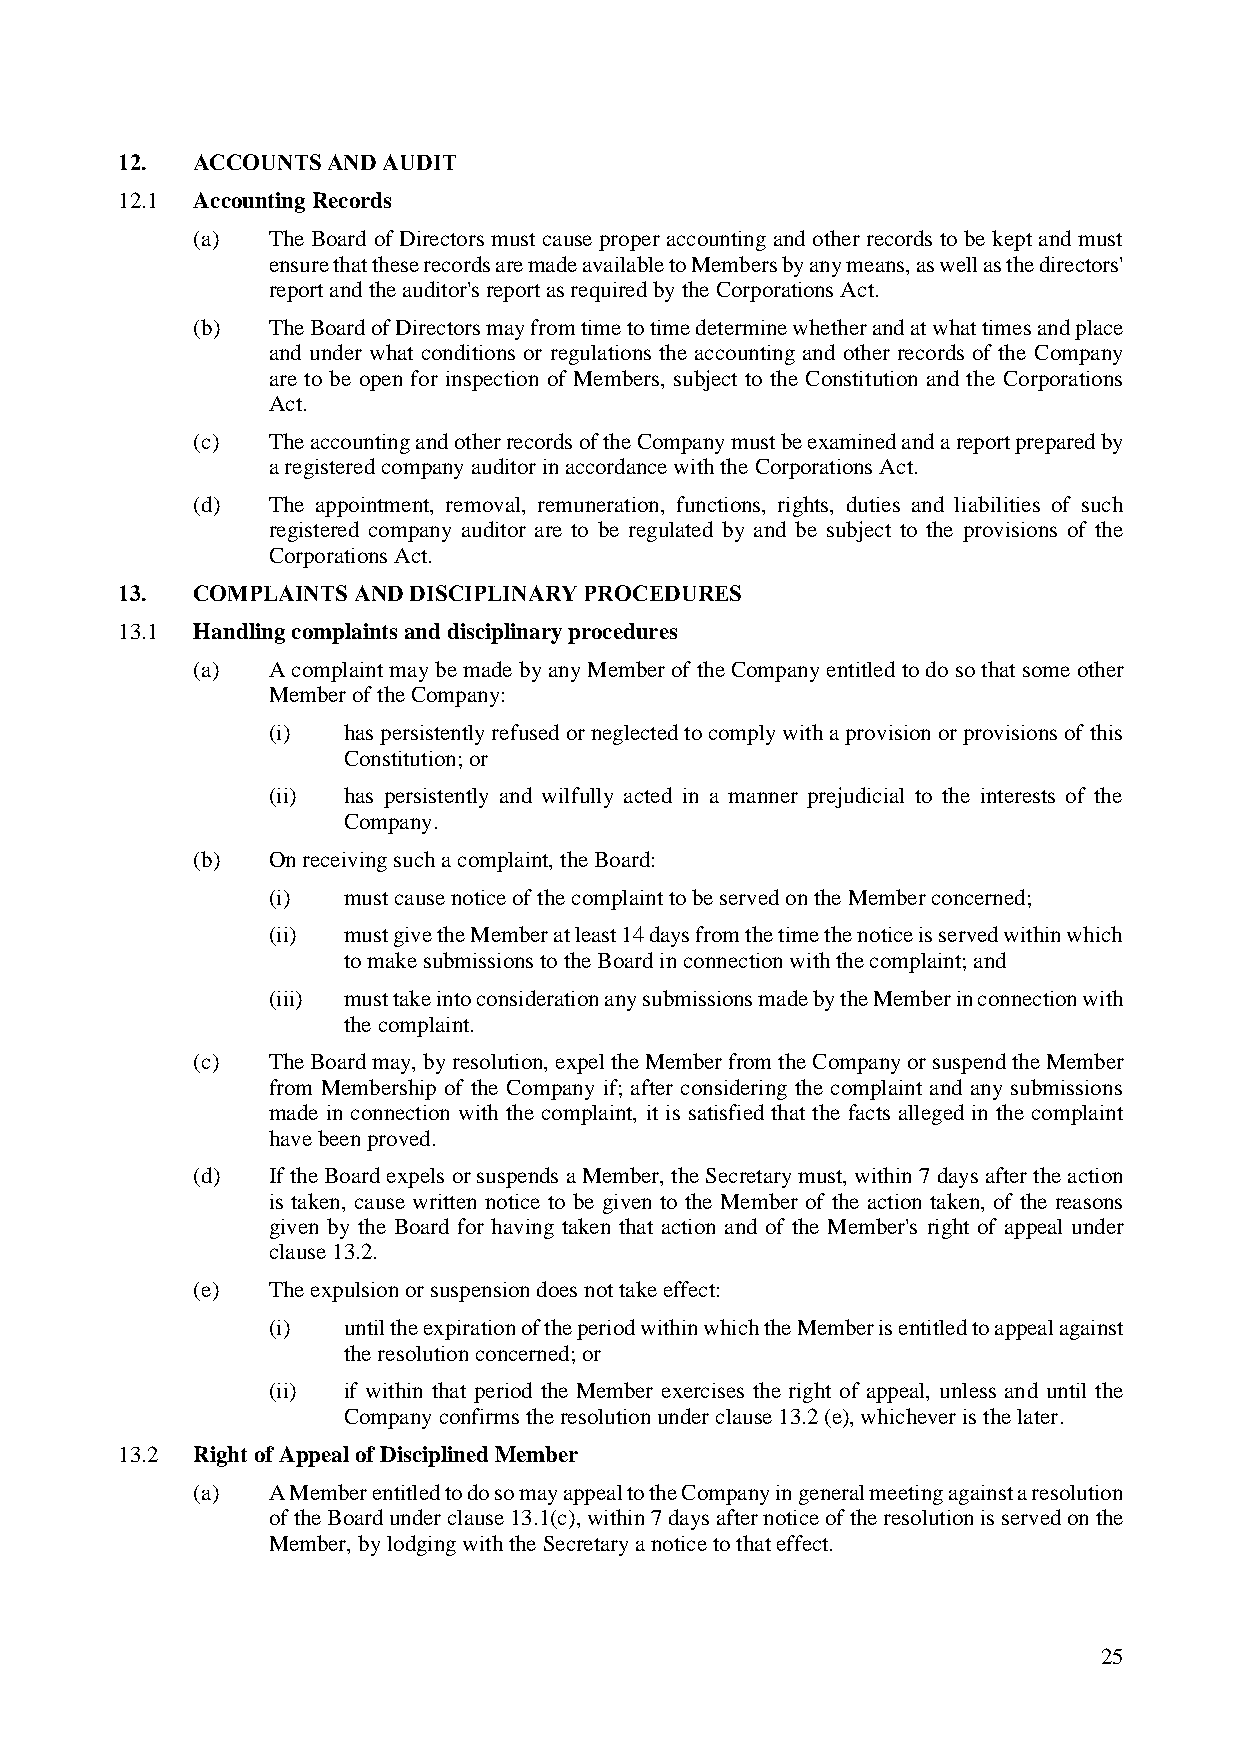
12.  ACCOUNTS AND AUDIT
 12.1 Accounting Records
 (a)  The Board of Directors must cause proper accounting and other records to be kept and must
 ensure that these records are made available to Members by any means, as well as the directors'
 report and the auditor's report as required by the Corporations Act.
 (b)  The Board of Directors may from time to time determine whether and at what times and place
 and under what conditions or regulations the accounting and other records of the Company
 are to be open for inspection of Members, subject to the Constitution and the Corporations
 Act.
 (c)  The accounting and other records of the Company must be examined and a report prepared by
 a registered company auditor in accordance with the Corporations Act.
 (d)  The appointment, removal, remuneration, functions, rights, duties and liabilities of such
 registered company auditor are to be regulated by and be subject to the provisions of the
 Corporations Act.
 13.  COMPLAINTS AND DISCIPLINARY PROCEDURES
 13.1 Handling complaints and disciplinary procedures
 (a)  A complaint may be made by any Member of the Company entitled to do so that some other
 Member of the Company:
 (i)  has persistently refused or neglected to comply with a provision or provisions of this
 Constitution; or
 (ii) has persistently and wilfully acted in a manner prejudicial to the interests of the
 Company.
 (b)  On receiving such a complaint, the Board:
 (i)  must cause notice of the complaint to be served on the Member concerned;
 (ii) must give the Member at least 14 days from the time the notice is served within which
 to make submissions to the Board in connection with the complaint; and
 (iii) must take into consideration any submissions made by the Member in connection with
 the complaint.
 (c)  The Board may, by resolution, expel the Member from the Company or suspend the Member
 from Membership of the Company if; after considering the complaint and any submissions
 made in connection with the complaint, it is satisfied that the facts alleged in the complaint
 have been proved.
 (d)  If the Board expels or suspends a Member, the Secretary must, within 7 days after the action
 is taken, cause written notice to be given to the Member of the action taken, of the reasons
 given by the Board for having taken that action and of the Member's right of appeal under
 clause 13.2.
 (e)  The expulsion or suspension does not take effect:
 (i)  until the expiration of the period within which the Member is entitled to appeal against
 the resolution concerned; or
 (ii) if within that period the Member exercises the right of appeal, unless and until the
 Company confirms the resolution under clause 13.2 (e), whichever is the later.
 13.2 Right of Appeal of Disciplined Member
 (a)  A Member entitled to do so may appeal to the Company in general meeting against a resolution
 of the Board under clause 13.1(c), within 7 days after notice of the resolution is served on the
 Member, by lodging with the Secretary a notice to that effect.
 25